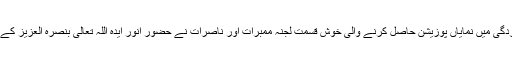
اس کے بعد مقابلہ جات اورسالانہ کارکردگی میں نمایاں پوزیشن حاصل کرنے والی خوش قسمت لجنہ ممبرات اور ناصرات نے حضور انور ایّدہ اللہ تعالیٰ بنصرہ العزیز کے دست مبارک سے انعامات وصول کئے۔